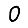
Digit: 0